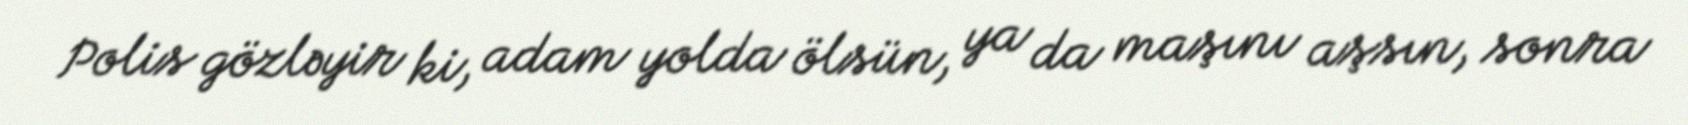
Polis gözləyir ki, adam yolda ölsün, ya da maşını aşsın, sonra